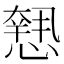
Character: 𢡶